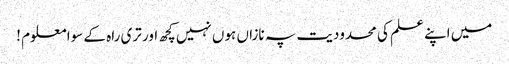
میں اپنے علم کی محدودیت پہ نازاں ہوں نہیں کچھ اور تری راہ کے سوا معلوم !